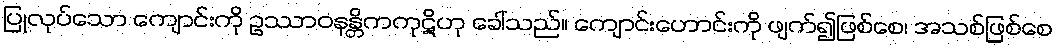
ပြုလုပ်သော ကျောင်းကို ဥဿာဝနန္တိကကုဋိဟု ခေါ်သည်။ ကျောင်းဟောင်းကို ဖျက်၍ဖြစ်စေ၊ အသစ်ဖြစ်စေ